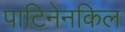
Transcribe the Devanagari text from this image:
पाटिनेनकिल